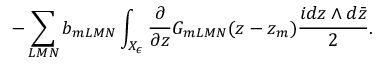
- \sum _ { L M N } b _ { m L M N } \int _ { X _ { \epsilon } } \frac { \partial } { \partial z } G _ { m L M N } ( z - z _ { m } ) \frac { i d z \wedge d \bar { z } } { 2 } .